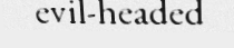
evil-headed